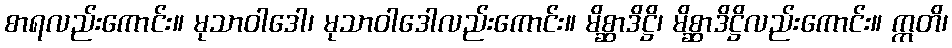
စာရလည်းကောင်း။ မုသာဝါဒေါ၊ မုသာဝါဒေါလည်းကောင်း။ မိစ္ဆာဒိဋ္ဌိ၊ မိစ္ဆာဒိဋ္ဌိလည်းကောင်း။ ဣတိ၊